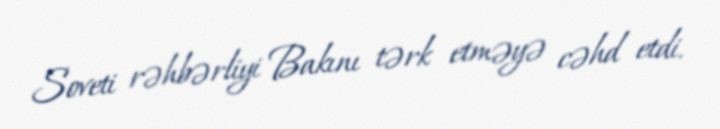
Soveti rəhbərliyi Bakını tərk etməyə cəhd etdi.